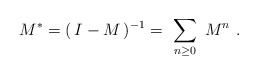
\begin{align*}M^* = (\, I - M \, )^{-1} = \ \sum_{n\geq 0} \ M^n \ .\end{align*}